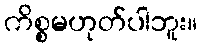
ကိစ္စမဟုတ်ပါဘူး။